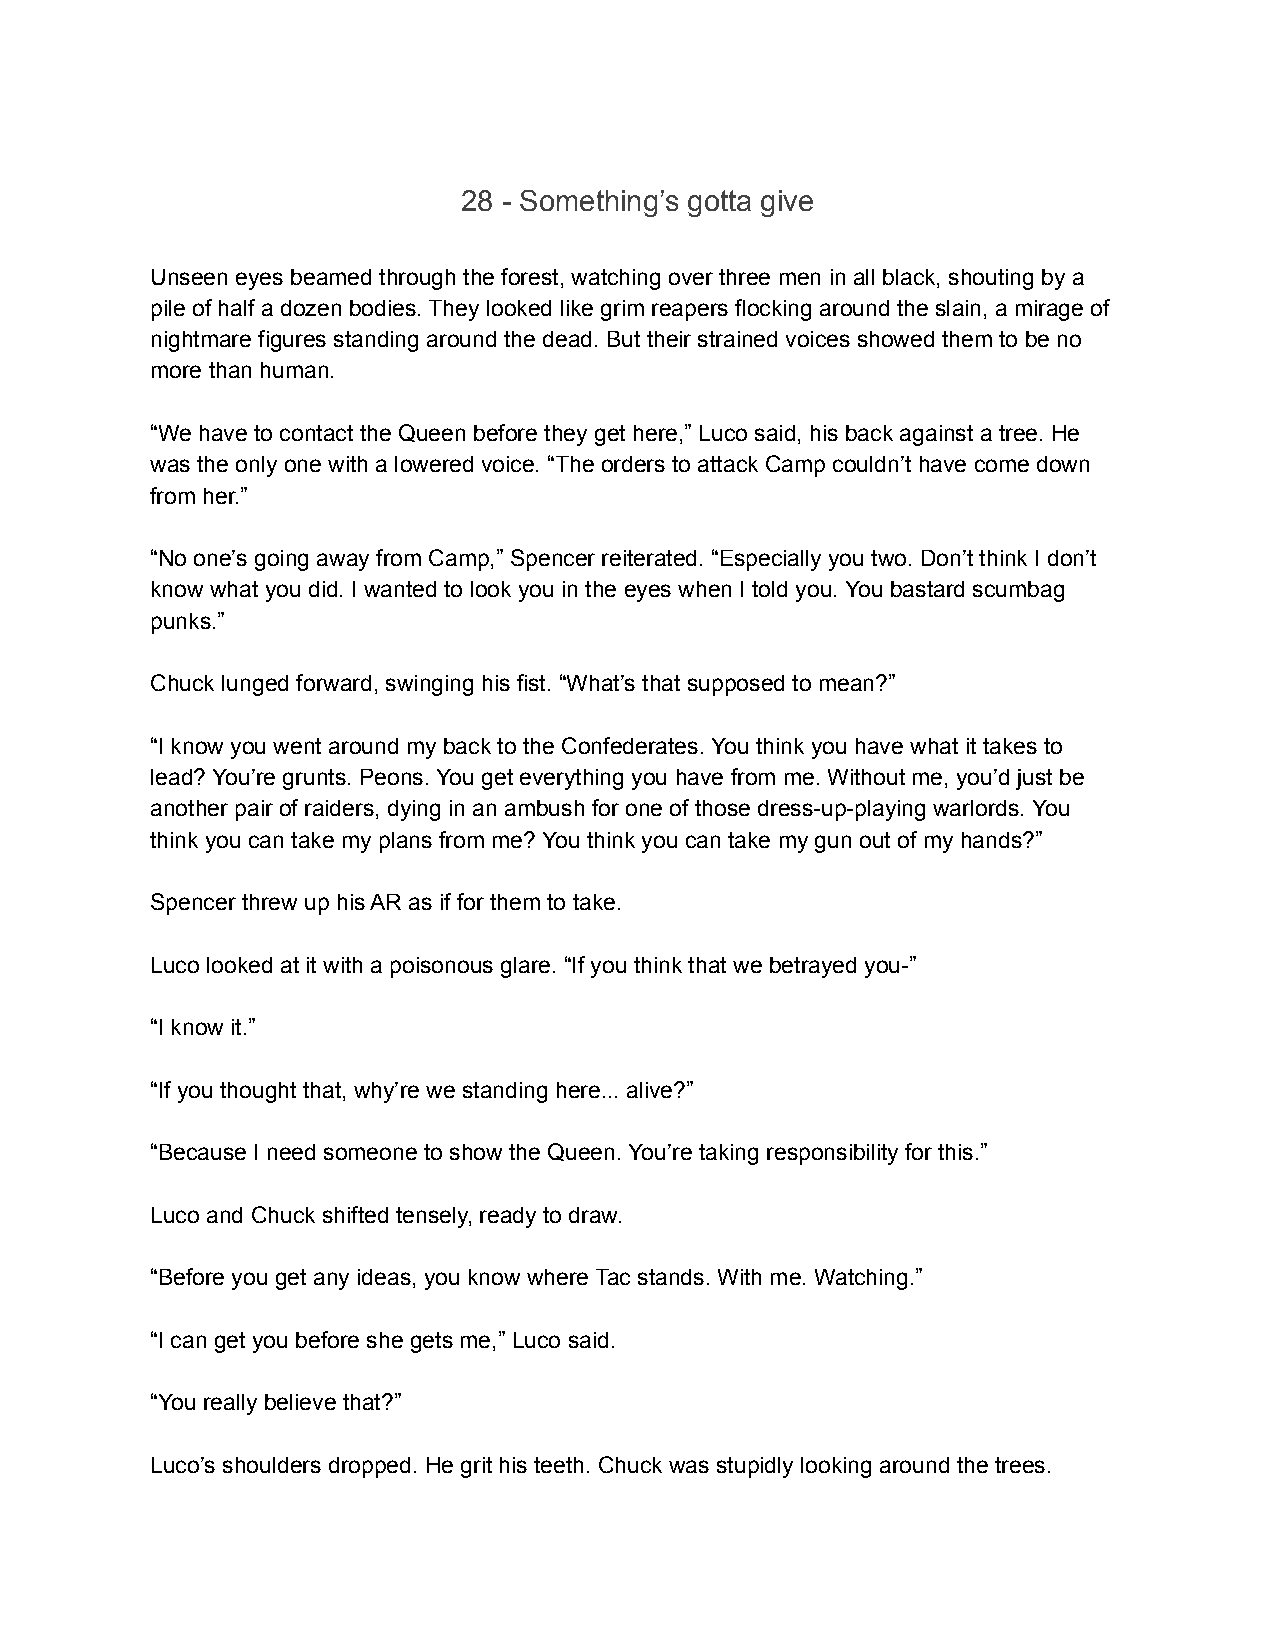
28 - Something’s gotta give
 Unseen eyes beamed through the forest, watching over three men in all black, shouting by a
 pile of half a dozen bodies. They looked like grim reapers flocking around the slain, a mirage of
 nightmare figures standing around the dead. But their strained voices showed them to be no
 more than human.
 “We have to contact the Queen before they get here,” Luco said, his back against a tree. He
 was the only one with a lowered voice. “The orders to attack Camp couldn’t have come down
 from her.”
 “No one’s going away from Camp,” Spencer reiterated. “Especially you two. Don’t think I don’t
 know what you did. I wanted to look you in the eyes when I told you. You bastard scumbag
 punks.”
 Chuck lunged forward, swinging his fist. “What’s that supposed to mean?”
 “I know you went around my back to the Confederates. You think you have what it takes to
 lead? You’re grunts. Peons. You get everything you have from me. Without me, you’d just be
 another pair of raiders, dying in an ambush for one of those dress-up-playing warlords. You
 think you can take my plans from me? You think you can take my gun out of my hands?”
 Spencer threw up his AR as if for them to take.
 Luco looked at it with a poisonous glare. “If you think that we betrayed you-”
 “I know it.”
 “If you thought that, why’re we standing here... alive?”
 “Because I need someone to show the Queen. You’re taking responsibility for this.”
 Luco and Chuck shifted tensely, ready to draw.
 “Before you get any ideas, you know where Tac stands. With me. Watching.”
 “I can get you before she gets me,” Luco said.
 “You really believe that?”
 Luco’s shoulders dropped. He grit his teeth. Chuck was stupidly looking around the trees.